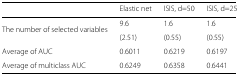
|  | Elastic net | ISIS, d=50 | ISIS, d=25 |
 | --- | --- | --- | --- |
 | The number of selected variables | 9.6 | 1.6 | 1.6 |
 |  | (2.51) | (0.55) | (0.55) |
 | Average of AUC | 0.6011 | 0.6219 | 0.6197 |
 | Average of multiclass AUC | 0.6249 | 0.6358 | 0.6441 |